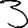
Digit: 3